Medical and sanitary report of the native army of Bengal for the year
Year: 1877
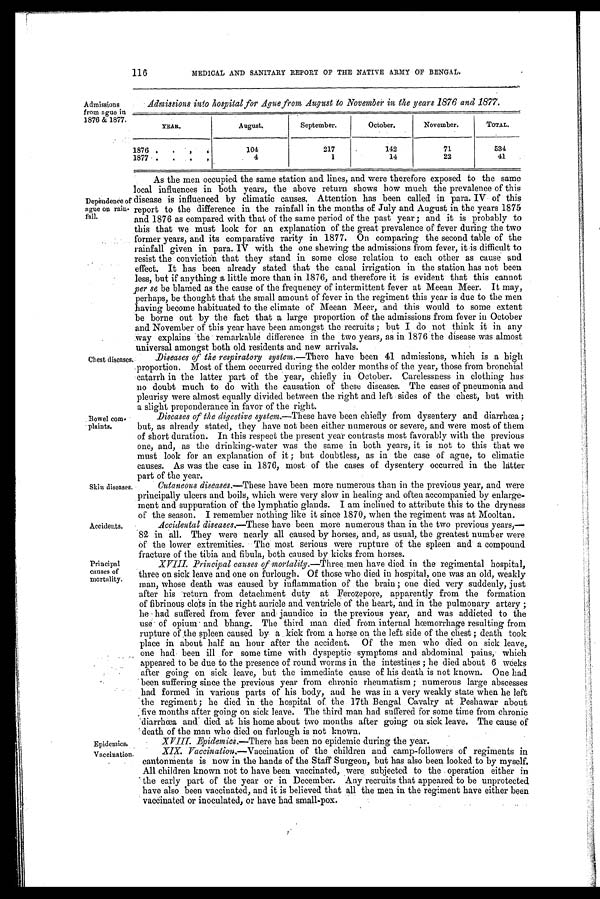
116
MEDICAL AND SANITARY REPORT OF THE NATIVE ARMY OF BENGAL.
Admissions
from ague in
1876 & 1877.
Dependence of
ague on rain-
fall.
Chest diseases
Bowel co
m-plaints.
Skin diseases
Admissions into hospital for Ague from August to November in the years 1876 and 1877.
YEAR.
August.
September.
October.
November.
TOTAL.
1876 .
.
.
104
217
142
71
534
1877 •
•
.
4
1
14
22
41
As the men occupied the same station and lines, and were therefore exposed to the same
local influences in both years, the above return shows how much the prevalence of this
d i s e a s e i n f l u e n c e d b y c l i m a t i c c a u s e s . A t t e n t i o n h a s b e e n c a l l e d i n p a r a . I V o f t h i s
report to the difference in the rainfall in the months of July and August in the years 1875
and 1876 as compared with that of the same period of the past year ; and it is probably to
this that we must look for an explanation of the great prevalence of fever during the two
former years, and its comparative rarity in 1877. On comparing the second table of the
rainfall given in para. IV with the one shewing the admissions from fever, it is difficult to
resist the conviction that they stand in some close relation to each other as cause and
effect. It has been already stated that the canal irrigation in the station has not been
less, but if anything a little more than in 1876, and therefore it is evident that this cannot
per se be blamed as the cause of the frequency of intermittent fever at Meean Meer. It may,
perhaps, be thought that the small amount of fever in the regiment this year is due to the men
having become habituated to the climate of Meean Meer, and this would to some extent
be borne out by the fact that a large proportion of the admissions from fever in October
and November of this year have been amongst the recruits ; but I do not think it in any
way explains the remarkable difference in the two years, as in 1876 the disease was almost
universal amongst both old residents and new arrivals.
Diseases of the respiratory system.—There have been 41 admissions, which is a high
proportion. Most of them occurred during the colder months of the year, those from bronchial
catarrh in the latter part of the year, chiefly in October. Carelessness in clothing has
no doubt much to do with the causation of these diseases. The cases of pneumonia and
pleurisy were almost equally divided between the right and left sides of the chest, but with
a slight preponderance in favor
of t he r i ght .
Diseases of the digestive system.—These have been chiefly from dysentery and diarrhœa ;
but, as already stated, they have not been either numerous or severe, and were most of them
of short duration. In this respect the present year contrasts most favorably with the previous
one, and, as the drinking-water was the same in both years, it is not to this that we
must look for an explanation of it ; but doubtless, as in the case of ague, to climatic
causes. As was the case in 1876, most of the cases of dysentery occurred in the latter
part of the year.
Cutaneous diseases. —These have been more numerous than in the previous year, and were
principally ulcers and boils, which were very slow in healing and often accompanied by enlarge-
ment and suppuration of the lymphatic glands. I am inclined to attribute this to the dryness
of the season. I remember nothing like it since 1870, when the regiment was at Mooltan.
Accidents
Principal
causes of
mortality.
Epidemics:
Vaccination.
Accidental diseases.—These have been more numerous than in the two previous years,—
82 in all. They were nearly all caused by horses, and, as usual, the greatest number were
of the lower extremities. The most serious were rupture of the spleen and a compound
fracture of the tibia and fibula. both caused by kicks from horses.
XVIII. Principal causes of mortality. —Three . men have died in the regimental hospital,
three on sick leave and one on furlough. Of those who died in hospital, one was an old, weakly
man, whose death was caused by inflammation of the brain ; one died very suddenly, just
after his 'return from detachment duty at Ferozepore, apparently from the formation
of fibrinous clots in the right auricle and ventricle of the heart, and in the pulmonary artery ;
he had suffered from fever and . jaundice in the previous year, and was addicted to the
use of opium and bhang. The third man died from internal hœmorrhage e resulting from
rupture of the spleen caused by a kick from a horse on the left side of the chest ; death took
place in about half an hour after the accident. Of the men who died on sick leave,
one had been ill for some time with dyspeptic symptoms and abdominal pains, which
appeared to be due to the presence of round worms in the intestines he died about 6 weeks
after going on sick leave, but the immediate cause of his death is not known. One had
been suffering since the previous year from chronic rheumatism ; numerous large abscesses
had formed in various parts of his body, and he was in a very weakly state when he left
the regiment ; he died in the hospital of. the 17th Bengal Cavalry at Peshawar about
five months after going on sick leave. The third man had suffered for some time from chronic
diarrhœa and died at his home about two months after going on sick leave. The cause of
death of the man who died on furlough is not known.
XVIII Epi demi cs.— T h e r e h a s b e e n n o e p i d e m i c d u r i n g t h e y e a r .
XIX. Vaccination. —Vaccination of the children and camp-followers of regiments in
cantonments is now in the hands of the Staff Surgeon, but has also been looked to by myself.
All children known not to have been vaccinated, were subjected to the operation either in
the early part of the year or in December. Any recruits that appeared to be unprotected
have also been vaccinated, and it is believed that all the men in the regiment have either been
vaccinated or inoculated, or have had small-pox.